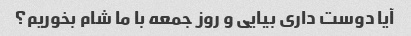
آیا دوست داری بیایی و روز جمعه با ما شام بخوریم؟